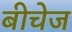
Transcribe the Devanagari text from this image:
बीचेज